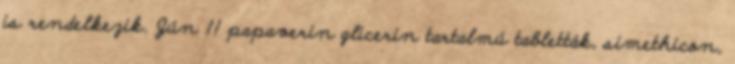
is rendelkezik. Jún 11 papaverin glicerin tartalmú tabletták, simethicon,